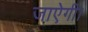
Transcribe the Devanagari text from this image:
जाऐगी।